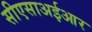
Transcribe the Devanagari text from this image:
सीएसाअईआर